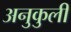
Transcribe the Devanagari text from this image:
अनुकुली